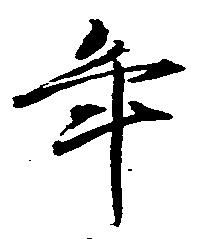
年